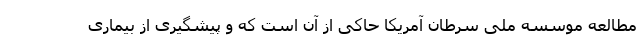
مطالعه موسسه ملی سرطان آمریکا حاکی از آن است که و پیشگیری از بیماری